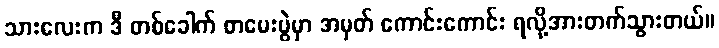
သားလေးက ဒီ တစ်ခေါက် စာမေးပွဲမှာ အမှတ် ကောင်းကောင်း ရလို့အားတက်သွားတယ်။